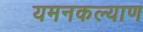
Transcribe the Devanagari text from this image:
यमनकल्याण